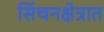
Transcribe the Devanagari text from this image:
सिंचनक्षेत्रात